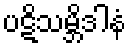
ပဋိသမ္ဘိဒါနံ